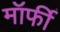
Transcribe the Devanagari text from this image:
मॉर्फी